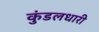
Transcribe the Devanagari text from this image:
कुंडलधारी